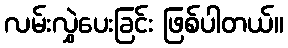
လမ်းလွှဲပေးခြင်း ဖြစ်ပါတယ်။